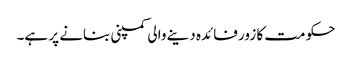
حکومت کا زور فائدہ دینے والی کمپنی بنانے پر ہے۔